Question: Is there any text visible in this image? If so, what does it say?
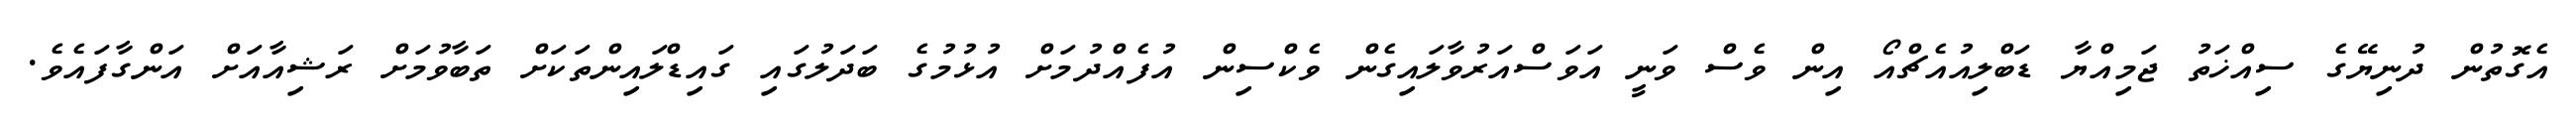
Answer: އެގޮތުން ދުނިޔޭގެ ސިއްޚަތު ޖަމިއްޔާ ޑަބްލިއުއެޗްއޯ އިން ވެސް ވަނީ އަވަސްއަރުވާލައިގެން ވެކްސިން އުފެއްދުމަށް އުޅުމުގެ ބަދަލުގައި ގައިޑްލައިންތަކަށް ތަބާވުމަށް ރަޝިއާއަށް އަންގާފައެވެ.